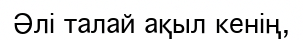
Әлі талай ақыл кенің,